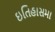
ઇતિહાસમા